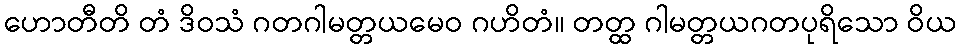
ဟောတီတိ တံ ဒိဝသံ ဂတဂါမတ္တယမေဝ ဂဟိတံ။ တတ္ထ ဂါမတ္တယဂတပုရိသော ဝိယ